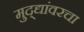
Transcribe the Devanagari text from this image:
मुद्द्यांवरचा